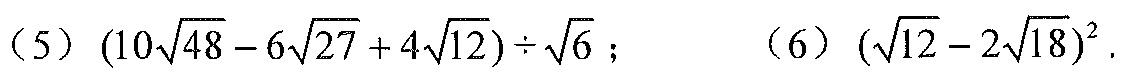
（5）\((10\sqrt{48}-6\sqrt{27}+4\sqrt{12})\div\sqrt{6}\)； （6）\((\sqrt{12}-2\sqrt{18})^{2}\)